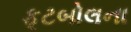
ફૂટબોલના